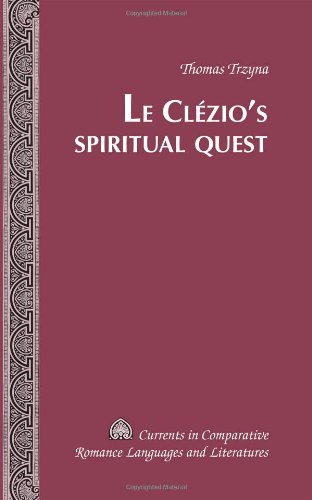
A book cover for Le ClÃ©zio's Spiritual Quest (Currents in Comparative Romance Languages and Literatures); Thomas Trzyna; Religion & Spirituality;